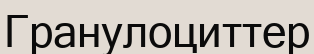
Гранулоциттер